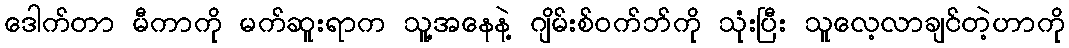
ဒေါက်တာ မီကာကို မက်ဆူးရာက သူ့အနေနဲ့ ဂျိမ်းစ်ဝက်ဘ်ကို သုံးပြီး သူလေ့လာချင်တဲ့ဟာကို